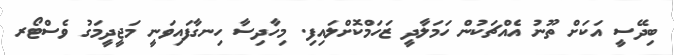
ބިދޭސީ އަކަށް ތޫނު އެއްޗަކުން ހަމަލާދީ ޒަހަމްކޮށްލައިފި. މިހާދިސާ ހިނގާފައިވަނީ މަޖީދީމަގު ވެސްޓޯރ